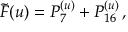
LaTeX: \tilde { F } ( u ) = P _ { 7 } ^ { ( u ) } + P _ { 1 6 } ^ { ( u ) } \, ,